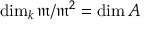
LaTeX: \dim _ { k } { \mathfrak { m } } / { \mathfrak { m } } ^ { 2 } = \dim A